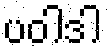
ပဝါဒါ